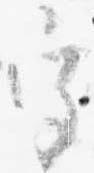
宮